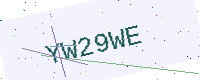
Text: YW29WE